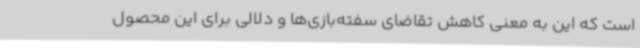
است که این به معنی کاهش تقاضای سفته‌بازی‌ها و دلالی برای این محصول